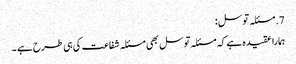
7. مسئلہ توسل :
ہمارا عقیدہ ہے کہ مسئلہ توسل بھی مسئلہ شفاعت کی ہی طرح ہے ۔